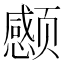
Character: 𲋃